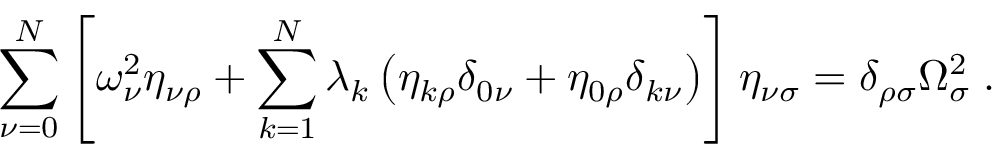
\sum _ { \nu = 0 } ^ { N } \left[ \omega _ { \nu } ^ { 2 } \eta _ { \nu \rho } + \sum _ { k = 1 } ^ { N } \lambda _ { k } \left( \eta _ { k \rho } \delta _ { 0 \nu } + \eta _ { 0 \rho } \delta _ { k \nu } \right) \right] \eta _ { \nu \sigma } = \delta _ { \rho \sigma } \Omega _ { \sigma } ^ { 2 } \; .